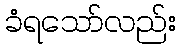
ခံရသော်လည်း